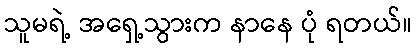
သူမရဲ့ အရှေ့သွားက နာနေ ပုံ ရတယ်။